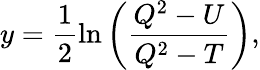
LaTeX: y=\frac{1}{2}\ln\left(\frac{Q^{2}-U}{Q^{2}-T}\right),